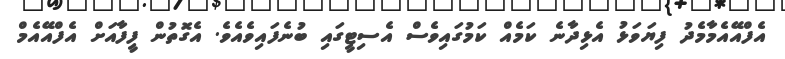
އެފްއޭއެމާމެދު ފިޔަވަޅު އެޅިދާނެ ކަމެއް ކަމުގައިވެސް އެސިޓީގައި ބުނެފައިވެއެވެ. އެގޮތުން ފީފާއަށް އެފްއޭއެމް